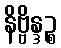
နိဗ္ဗိန္ဒဉ္စ